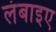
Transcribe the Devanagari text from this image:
लंबाइए